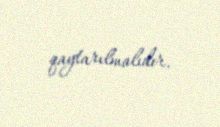
qaytarılmalıdır.